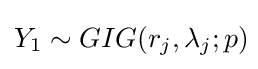
Y_{1}\sim GIG(r_{j},\lambda _{j};p)\!